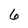
Character: 6